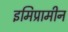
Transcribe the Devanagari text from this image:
इमिप्रामीन